Report on vaccination in Madras 1904-1921 - 1904-1921
Year: 1904
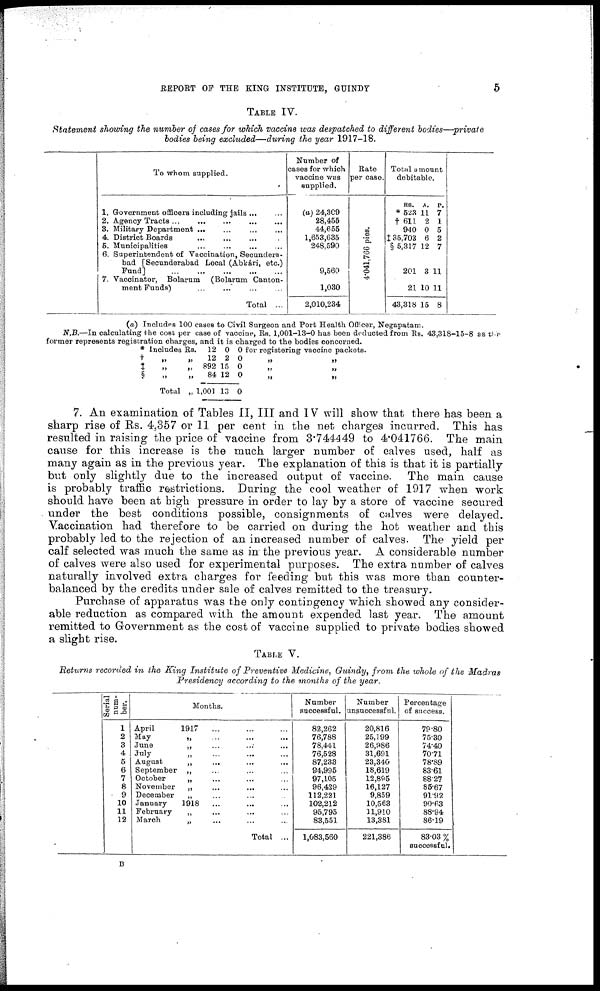
REPORT OF THE KING INSTITUTE, GUINDY
5
TABLE IV.
Statement showing the number of cases for which vaccine was despatched to different bodies—-private
bodies being excluded—during
the year 1917-18.
To whom supplied.
1. Government officers including jails ...
2. Agency Tracts
...
...
...
...
...
3. Military Department ... ... ... ... ...
4. District Boards ... ... ... ... ...
5. Municipalities ... ... ... ... ...
6. Superintendent of Vaccination, Secundera-
bad [Secunderabad Local (Abkári, etc.)
Fund]
...
...
...
...
...
7. Vaccinator, Bolarum
(Bolarum Canton-
ment Funds) ... ... ... ...
Total ...
Number of
cases for which
vaccine was
supplied.
(a) 24,309
28,455
44,655
1,653,635
248,590
9,560
1,030
2,010,234
Rate
per case.
4,41,766 pies.
Total amount
debitable.
RS.
* 523
† 611
940
‡35,703
§ 5,317
201
21
43,318
A.
11
2
0
6
12
3
10
15
P.
7
1
5
2
7
11
11
8
(a) Includes 100 cases to Civil Surgeon and Fort Health Officer, Negapatam.
N.B.—In calculating the cost per case of vaccine, Rs. 1,001-13-0 has been deducted from Rs. 43,318-15-8 as the
former represents registration charges, and it is charged to the bodies concerned.
* Includes Rs. 12 0 0 for registering vaccine packets.
+
‡ §
„
„
„
Total
„
„
„
„
12
892
84
1,001
2
15
12
13
0
0
0
0
„
„
„
„
„
„
7. An examination of Tables II, III and IV will show that there has been a
sharp rise of Rs. 4,357 or 11 per cent in the net charges incurred. This has
resulted in raising the price of vaccine from 3.744449 to 4.041766. The main
cause for this increase is the much larger number of calves used, half as
many again as in the previous year. The explanation of this is that it is partially
but only slightly due to the increased output of vaccine. The main cause
is probably traffic restrictions. During the cool weather of 1917 when work
should have been at high pressure in order to lay by a store of vaccine secured
under the best conditions possible, consignments of calves were delayed.
Vaccination had therefore to be carried on during the hot weather and this
probably led to the rejection of an increased number of calves. The yield per
calf selected was much the same as in the previous year. A considerable number
of calves were also used for experimental purposes. The extra number of calves
naturally involved extra charges for feeding but this was more than counter-
balanced by the credits under sale of calves remitted to the treasury.
Purchase of apparatus was the only contingency which showed any consider-
able reduction as compared with the amount expended last year. The amount
remitted to Government as the cost of vaccine supplied to private bodies showed
a slight rise.
TABLE V.
Returns recorded in the King Institute of Preventive Medicine, Guindy, from the whole of the Madras
Presidency according to the months of the year.
Serial
num-
ber.
1
2
3
4
5
6
7
8
9
10
11
12
Months.
April
1917 ... ... ...
May
„ ... ... ...
June
„ ... ... ...
July „ ... ... ...
August
„ ... ... ...
September
„ ... ... ...
October
„ ... ... ...
November
„ ... ... ...
December
„ ... ... ...
January
1918 ... ... ...
February
„ ... ... ...
March
„ ... ... ...
Total ...
Number
successful.
82,262
76,788
78,441
76,528
87,233
94,995
97,105
96,429
112,221
102,212
95,795
83,551
1,083,560
Number
unsuccessful.
20,816
25,199
26,986
31,691
23,340
18,619
12,895
16,127
9,859
10,563
11,910
13,381
221,386
Percentage
of success.
79.80
75.30
74.40
70.71
78.89
83.61
88.27
85.67
91.92
90.63
88.94
86.19
83.03 %
successful.
B